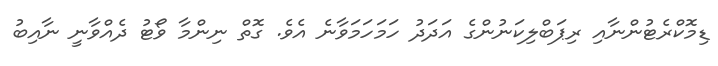
ޑިމޮކްރެޓުންނާއި ރިޕަބްލިކަނުންގެ އަދަދު ހަމަހަމަވާނެ އެވެ. ގޮތް ނިންމާ ވޯޓު ދެއްވާނީ ނާއިބު